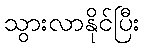
သွားလာနိုင်ပြီး